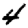
Digit: 4